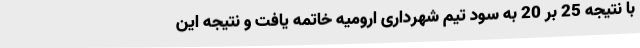
با نتیجه 25 بر 20 به سود تیم شهرداری ارومیه خاتمه یافت و نتیجه این